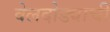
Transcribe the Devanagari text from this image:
वेलदोड्याची